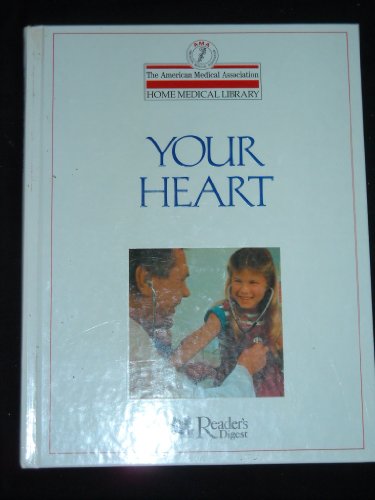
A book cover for Your Heart (American Medical Association Home Medical Library); Health, Fitness & Dieting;